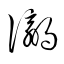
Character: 瀛